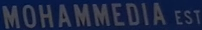
MOHAMMEDIA EST